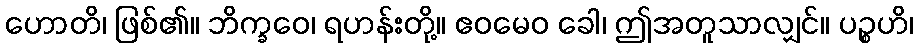
ဟောတိ၊ ဖြစ်၏။ ဘိက္ခဝေ၊ ရဟန်းတို့။ ဧဝမေဝ ခေါ၊ ဤအတူသာလျှင်။ ပဉ္စဟိ၊